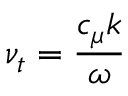
\nu _ { t } = { \frac { c _ { \mu } k } { \omega } }